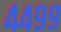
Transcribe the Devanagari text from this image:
४४९९